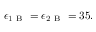
\epsilon _ { 1 \mathrm { ~ B ~ } } = \epsilon _ { 2 \mathrm { ~ B ~ } } = 3 5 .